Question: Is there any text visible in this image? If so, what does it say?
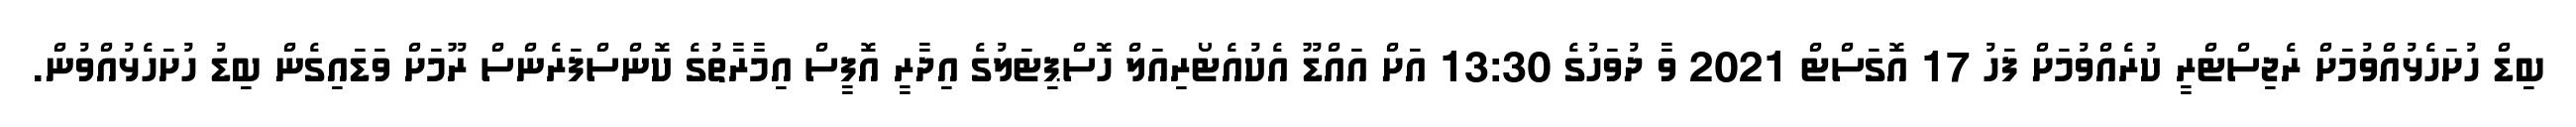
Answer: ބިޑް ހުށަހެޅުއްވުމަށް ރެޖިސްޓްރީ ކުރެއްވުމަށް ފަހު 17 އޮގަސްޓް 2021 ވާ ދުވަހުގެ 13:30 އަށް އައްޑޫ އެކުއެޓޯރިއަލް ހޮސްޕިޓަލުގެ އިދާރީ އޮފީސް އިމާރާތުގެ ކޮންސްފަރެންސް ރޫމަށް ވަޑައިގެން ބިޑު ހުށަހެޅުއްވުން.